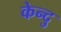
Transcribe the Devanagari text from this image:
केन्दु